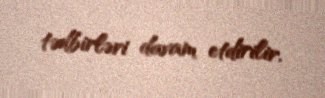
tədbirləri davam etdirilir.